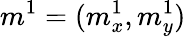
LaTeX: m^{1}=(m_{x}^{1},m_{y}^{1})